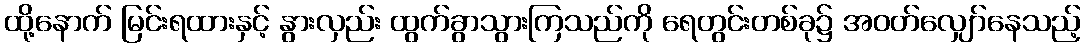
ထို့နောက် မြင်းရထားနှင့် နွားလှည်း ထွက်ခွာသွားကြသည်ကို ရေတွင်းတစ်ခု၌ အဝတ်လျှော်နေသည့်